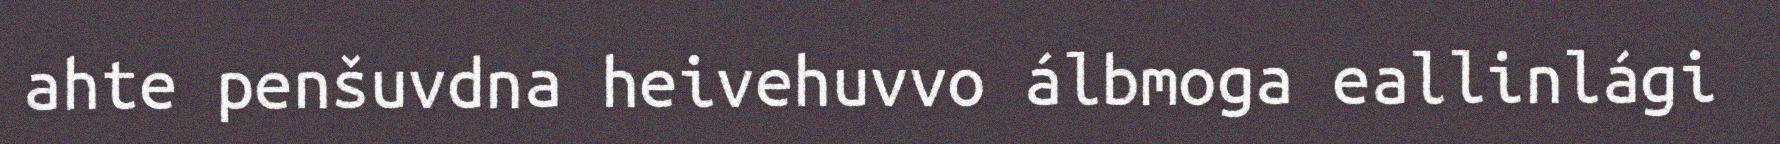
ahte penšuvdna heivehuvvo álbmoga eallinlági